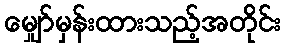
မျှော်မှန်းထားသည့်အတိုင်း